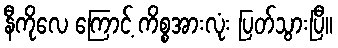
နီကိုလေ ကြောင့် ကိစ္စအားလုံး ပြတ်သွားပြီ။